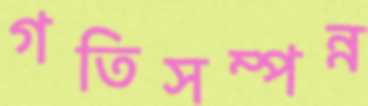
গতিসম্পন্ন